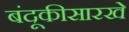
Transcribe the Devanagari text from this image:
बंदूकीसारखे